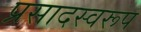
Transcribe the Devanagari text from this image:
प्रसादस्‍वरूप